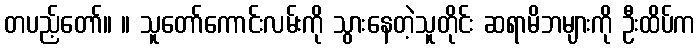
တပည့်တော်။ ။ သူတော်ကောင်းလမ်းကို သွားနေတဲ့သူတိုင်း ဆရာမိဘများကို ဦးထိပ်က